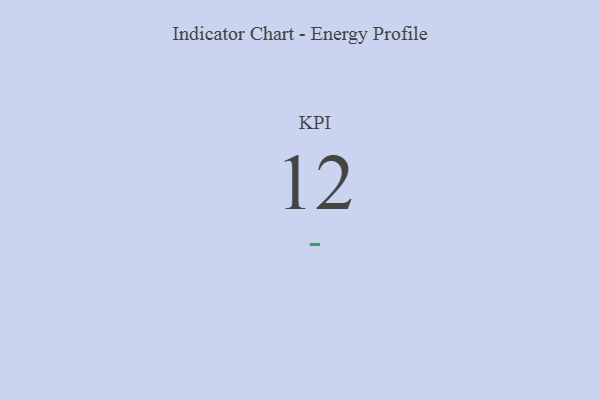
{"axis": {"x": "KPI", "y": "Value"}, "legend": [""], "data": [{"x": "KPI", "y": 12, "type": ""}]}